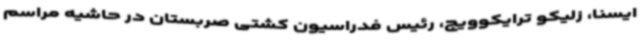
ایسنا، زلیکو ترایکوویچ، رئیس فدراسیون کشتی صربستان در حاشیه مراسم